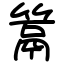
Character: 䈪